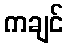
ကချင်